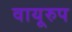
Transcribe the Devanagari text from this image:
वायूरुप